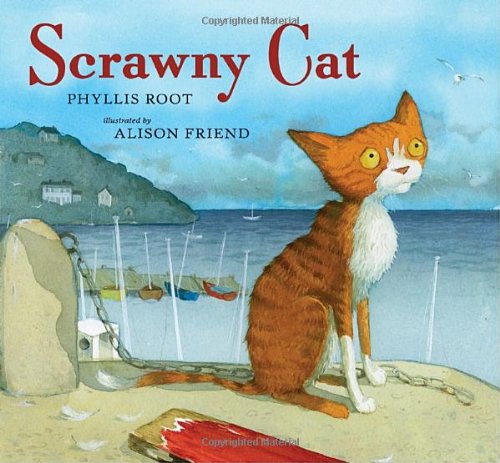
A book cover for Scrawny Cat; Phyllis Root; Children's Books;